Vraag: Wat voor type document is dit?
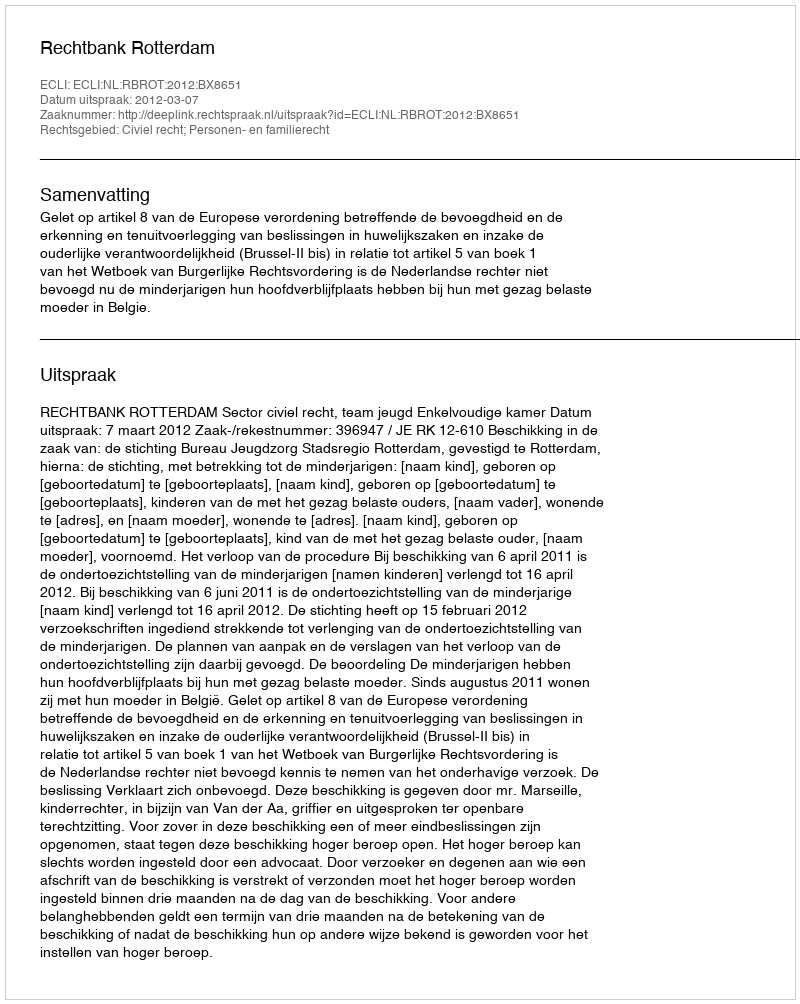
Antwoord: Uitspraak